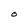
Character: O